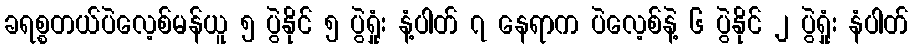
ခရစ္စတယ်ပဲလေ့စ်မန်ယူ ၅ ပွဲနိုင် ၅ ပွဲရှုံး နံ့ပါတ် ၇ နေရာက ပဲလေ့စ်နဲ့ ၆ ပွဲနိုင် ၂ ပွဲရှုံး နံပါတ်